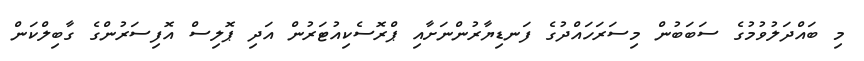
މި ބައްދަލުވުމުގެ ސަބަބުން މިސަރަހައްދުގެ ފަނޑިޔާރުންނަށާއި ޕްރޮސެކިއުޓަރުން އަދި ޕޮލިސް އޮފިސަރުންގެ ގާބިލްކަން